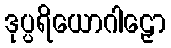
ဒုပ္ပရိယောဂါဠှော